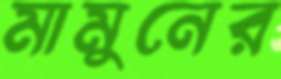
মামুনের